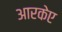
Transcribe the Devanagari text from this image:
आरकेए